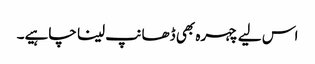
اس لیے چہرہ بھی ڈھانپ لینا چاہیے۔